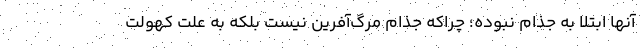
آنها ابتلا به جذام نبوده؛ چراکه جذام مرگ‌آفرین نیست بلکه به علت کهولت